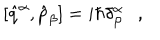
[ \hat { q } ^ { \alpha } , \hat { p } _ { \beta } ] = i \hbar \delta _ { \beta } ^ { \alpha } \ \ \ ,